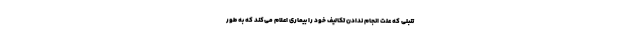
تنبلی که علت انجام ندادن تکالیف خود را بیماری اعلام می‌کند که به طور